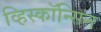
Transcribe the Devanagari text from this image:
व्हिस्कॉन्सिन